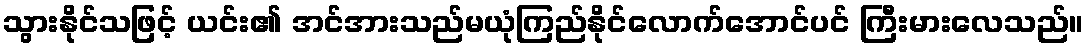
သွားနိုင်သဖြင့် ယင်း၏ အင်အားသည်မယုံကြည်နိုင်လောက်အောင်ပင် ကြီးမားလေသည်။